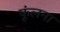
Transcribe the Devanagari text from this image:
फूंलना